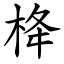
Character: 栙